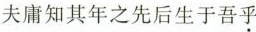
夫庸知其年之先后生于吾乎